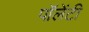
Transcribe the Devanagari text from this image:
पॉलेंटी